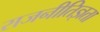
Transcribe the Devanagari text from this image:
राजनीतिज्ञता